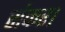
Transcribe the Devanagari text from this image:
संकर।